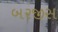
બરજીસ